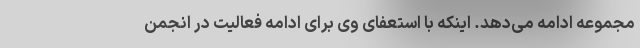
مجموعه ادامه می‌دهد. اینکه با استعفای وی برای ادامه فعالیت در انجمن